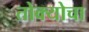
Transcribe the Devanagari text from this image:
तोक्योचा